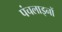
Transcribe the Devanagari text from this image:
पंचलाइनों